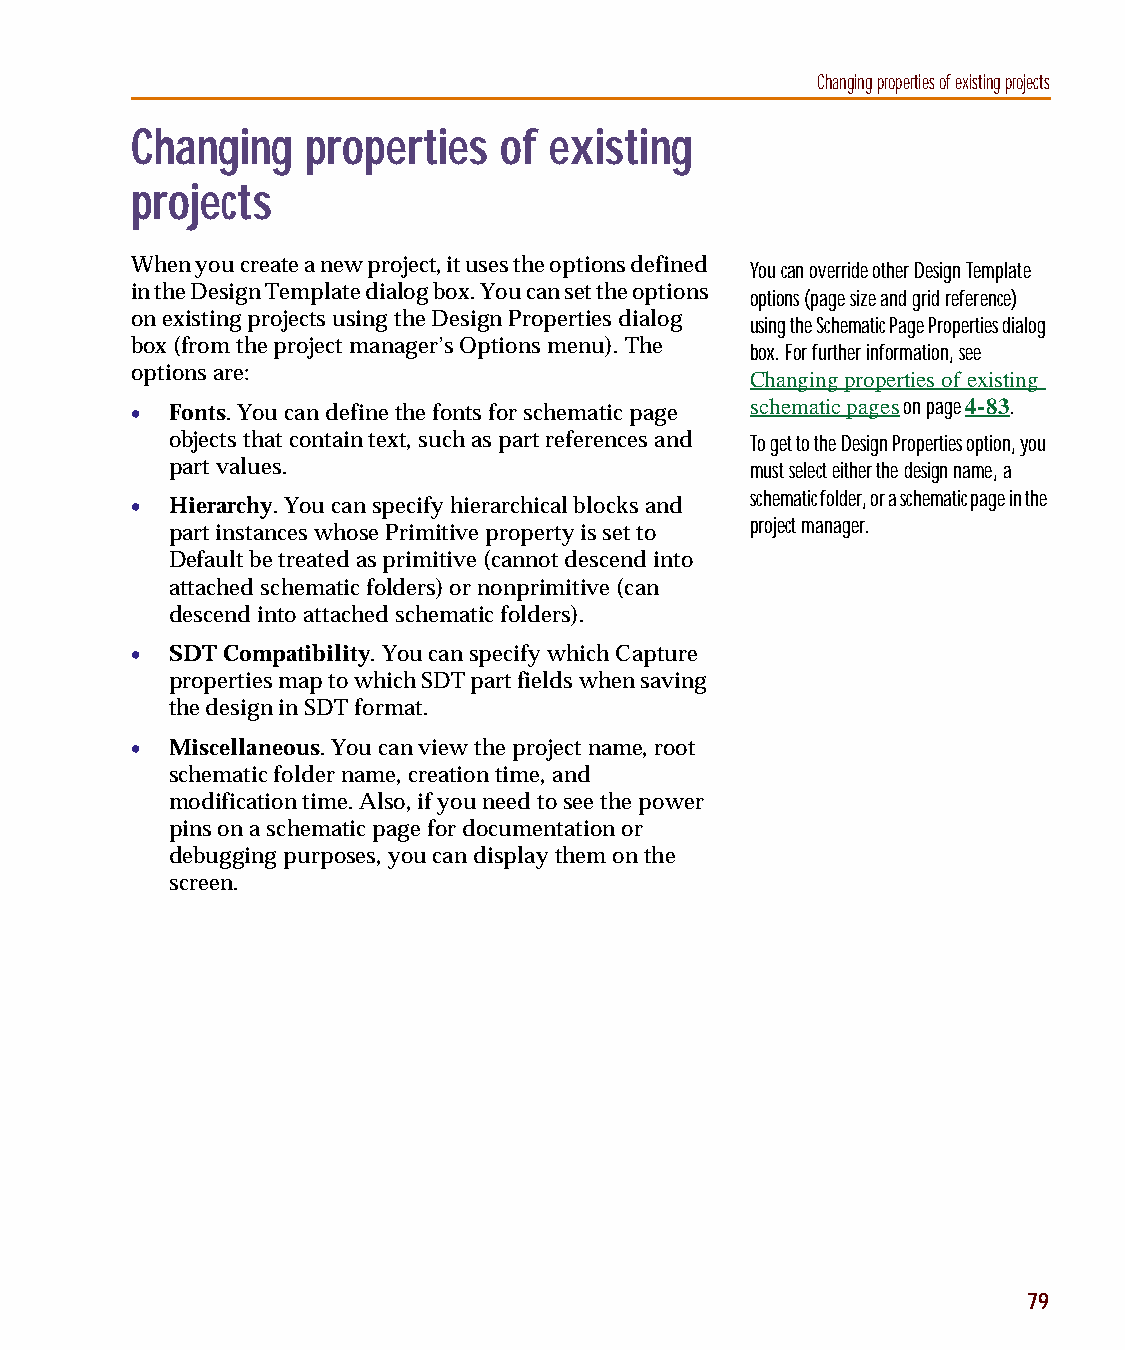
capug.book Page 79 Thursday, November 12, 1998 3:38 PM
 Changing properties of existing projects
 Changing   properties   of existing
 projects
 When you create a new project, it uses the options defined You can override other Design Template
 in the Design Template dialog box. You can set the options
 options (page size and grid reference)
 on existing projects using the Design Properties dialog using the Schematic Page Properties dialog
 box (from the project manager’s Options menu). The box. For further information, see
 options are:                             Changing properties of existing
 • Fonts. You can define the fonts for schematic page schematic pages on page 4-83.
 objects that contain text, such as part references and To get to the Design Properties option, you
 part values.                           must select either the design name, a
 • Hierarchy. You can specify hierarchical blocks and schematic folder, or a schematic page in the
 project manager.
 part instances whose Primitive property is set to
 Default be treated as primitive (cannot descend into
 attached schematic folders) or nonprimitive (can
 descend into attached schematic folders).
 • SDT Compatibility. You can specify which Capture
 properties map to which SDT part fields when saving
 the design in SDT format.
 • Miscellaneous. You can view the project name, root
 schematic folder name, creation time, and
 modification time. Also, if you need to see the power
 pins on a schematic page for documentation or
 debugging purposes, you can display them on the
 screen.
 79